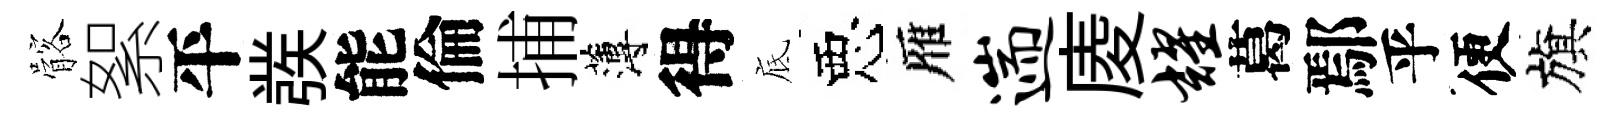
髂絮平彂能倫捕薄得底惡雁遄庱耀葛鄢乎便旗